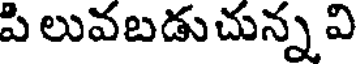
పి లువబడుచున్న వి